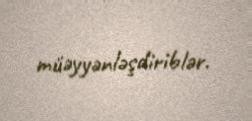
müəyyənləşdiriblər.